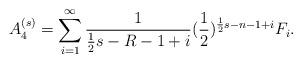
LaTeX: \begin{align*}A^{(s)}_4=\sum _{i=1}^{\infty}\frac{1}{\frac{1}{2}s-R-1+i}(\frac{1}{2})^{\frac{1}{2}s-n-1+i}F_i.\end{align*}